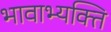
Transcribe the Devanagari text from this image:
भावाभ्यक्ति